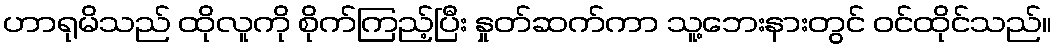
ဟာရုမိသည် ထိုလူကို စိုက်ကြည့်ပြီး နှုတ်ဆက်ကာ သူ့ဘေးနားတွင် ဝင်ထိုင်သည်။